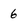
Character: 6